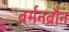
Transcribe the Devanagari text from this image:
बर्मनब्रौन